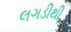
લગડીથી